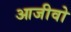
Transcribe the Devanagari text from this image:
आजीवो